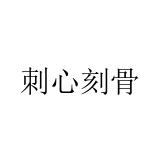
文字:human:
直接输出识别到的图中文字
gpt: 刺心刻骨